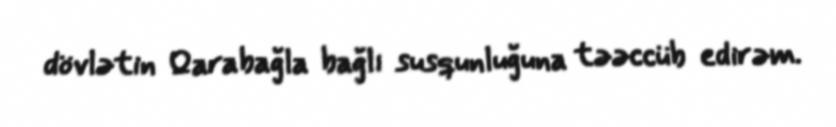
dövlətin Qarabağla bağlı susqunluğuna təəccüb edirəm.